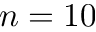
n = 1 0